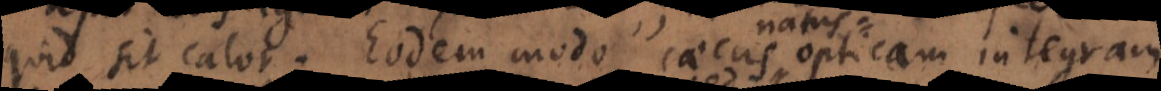
quid sit calor. Eodem modo caecus opticam integram